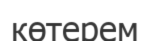
көтерем